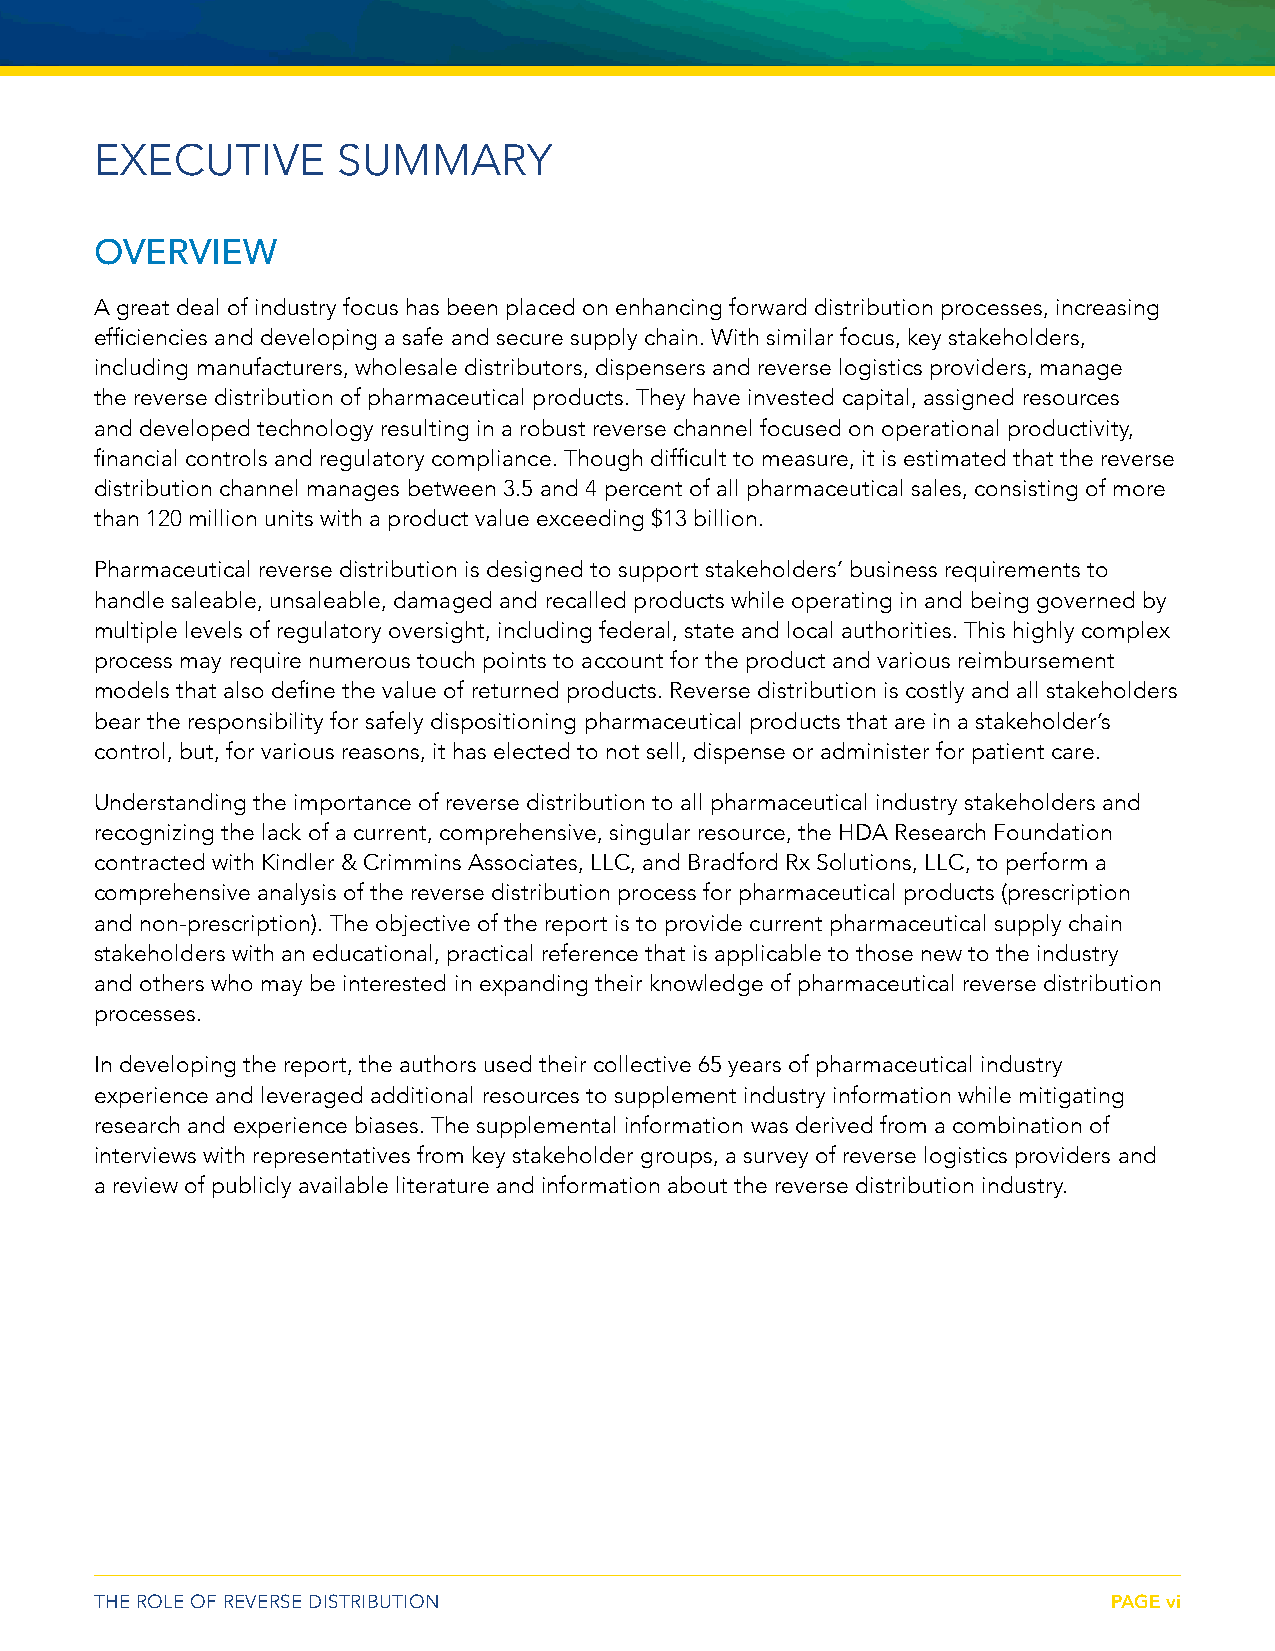
EXECUTIVE       SUMMARY
 OVERVIEW
 A great deal of industry focus has been placed on enhancing forward distribution processes, increasing
 efficiencies and developing a safe and secure supply chain. With similar focus, key stakeholders,
 including manufacturers, wholesale distributors, dispensers and reverse logistics providers, manage
 the reverse distribution of pharmaceutical products. They have invested capital, assigned resources
 and developed technology resulting in a robust reverse channel focused on operational productivity,
 financial controls and regulatory compliance. Though difficult to measure, it is estimated that the reverse
 distribution channel manages between 3.5 and 4 percent of all pharmaceutical sales, consisting of more
 than 120 million units with a product value exceeding $13 billion.
 Pharmaceutical reverse distribution is designed to support stakeholders’ business requirements to
 handle saleable, unsaleable, damaged and recalled products while operating in and being governed by
 multiple levels of regulatory oversight, including federal, state and local authorities. This highly complex
 process may require numerous touch points to account for the product and various reimbursement
 models that also define the value of returned products. Reverse distribution is costly and all stakeholders
 bear the responsibility for safely dispositioning pharmaceutical products that are in a stakeholder’s
 control, but, for various reasons, it has elected to not sell, dispense or administer for patient care.
 Understanding the importance of reverse distribution to all pharmaceutical industry stakeholders and
 recognizing the lack of a current, comprehensive, singular resource, the HDA Research Foundation
 contracted with Kindler & Crimmins Associates, LLC, and Bradford Rx Solutions, LLC, to perform a
 comprehensive analysis of the reverse distribution process for pharmaceutical products (prescription
 and non-prescription). The objective of the report is to provide current pharmaceutical supply chain
 stakeholders with an educational, practical reference that is applicable to those new to the industry
 and others who may be interested in expanding their knowledge of pharmaceutical reverse distribution
 processes.
 In developing the report, the authors used their collective 65 years of pharmaceutical industry
 experience and leveraged additional resources to supplement industry information while mitigating
 research and experience biases. The supplemental information was derived from a combination of
 interviews with representatives from key stakeholder groups, a survey of reverse logistics providers and
 a review of publicly available literature and information about the reverse distribution industry.
 THE ROLE OF REVERSE DISTRIBUTION                                    PAGE vi